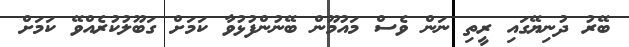
ބޭރު ދުނިޔޭގައި ރީތި ނަން ވެސް މައުމޫން ބޭނުންފުޅުވާ ކަމަށް ގަބޫލުކުރެއްވޭ ކަމަށް